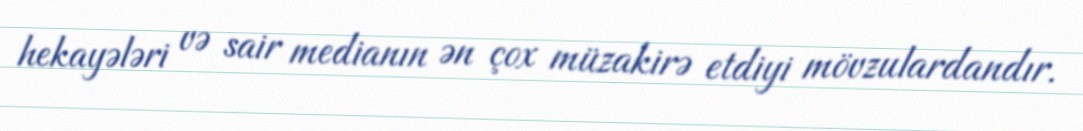
hekayələri və sair medianın ən çox müzakirə etdiyi mövzulardandır.